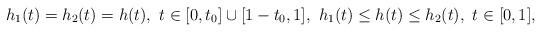
LaTeX: \begin{align*}h_1(t) = h_2(t) = h(t),\ t\in [0, t_0]\cup[1-t_0, 1],\ h_1(t)\le h(t)\le h_2(t),\ t\in [0, 1],\end{align*}